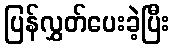
ပြန်လွှတ်ပေးခဲ့ပြီး